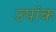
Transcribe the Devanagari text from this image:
उपांक